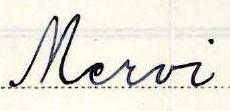
Mervi